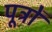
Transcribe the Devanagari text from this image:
पूत्रों